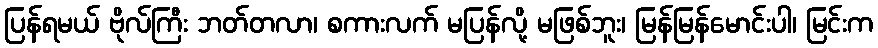
ပြန်ရမယ် ဗိုလ်ကြီး ဘတ်တလာ၊ စကားလက် မပြန်လို့ မဖြစ်ဘူး၊ မြန်မြန်မောင်းပါ၊ မြင်းက